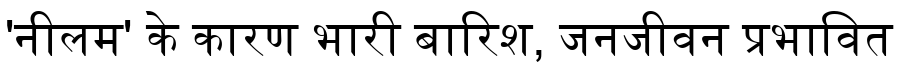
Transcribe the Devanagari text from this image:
'नीलम' के कारण भारी बारिश, जनजीवन प्रभावित